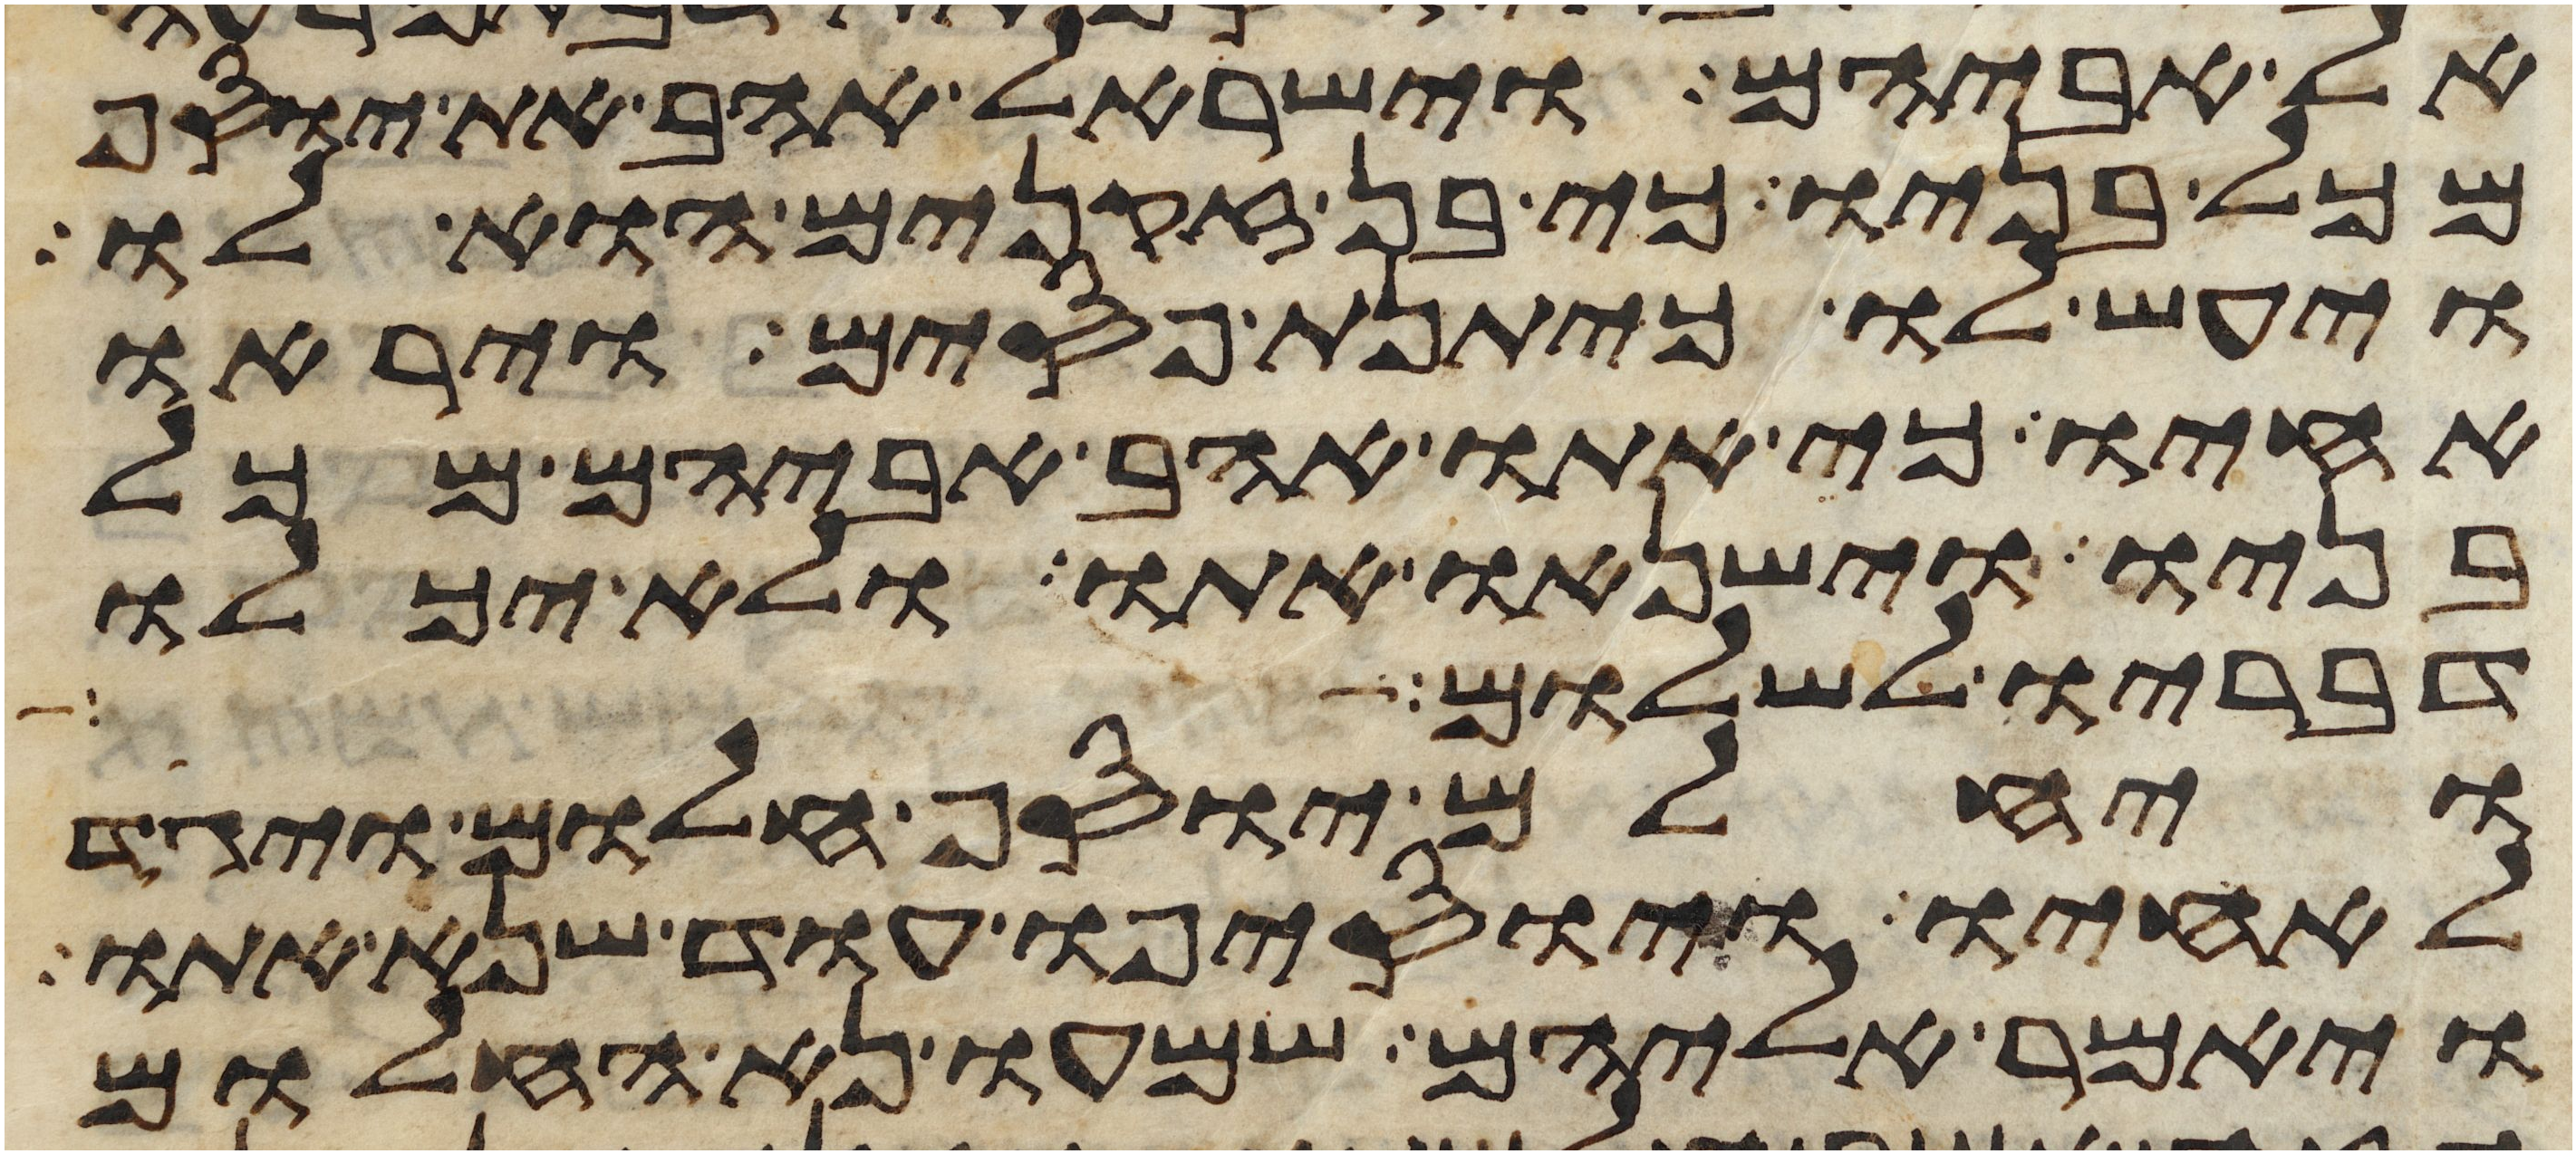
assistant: אל אביהם וישראל אהב את יוסף
מכל בניו כי בן זקנים הוא לו
ויעש לו כיתנת פסים ויראו
אחיו כי אתו אהב אביהם מכל
בניו וישנאו אתו ולא יכלו
דבריו לשלום
ויחלם יוסף חלום ויגד
לאחיו ויוסיפו עוד שנא אתו
ויאמר אליהם שמעו נא החלום